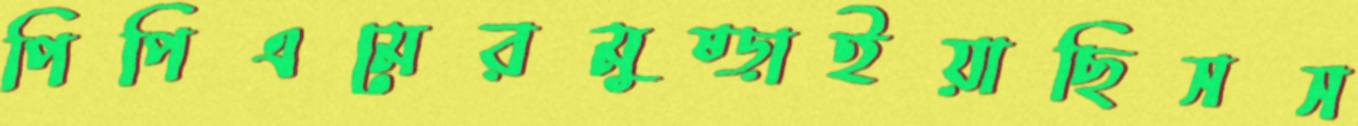
পিপিএমেরমুষ্‌ড়াইয়াছিসস